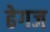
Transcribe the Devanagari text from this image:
ढेगज